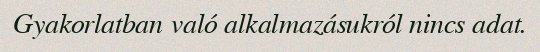
Gyakorlatban való alkalmazásukról nincs adat.